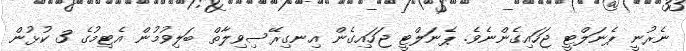
ނެރުނީ ޕެނަލްޓީ ޖަހައިގެންނެވެ. ޕެނަލްޓީ ޖަހައިގެން އިނގިރޭސިވިލާތް ބަލިވުމުން އެޓިމުގެ 3 ކުޅުން